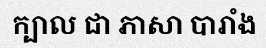
ក្បាល ជា ភាសា បារាំង